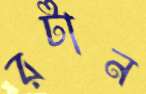
রটান